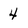
Character: 4